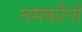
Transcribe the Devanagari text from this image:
नमकीनों